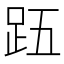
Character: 𮛉